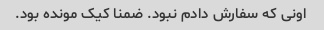
اونی که سفارش دادم نبود. ضمنا کیک مونده بود.